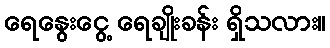
ရေနွေးငွေ့ ရေချိုးခန်း ရှိသလား။